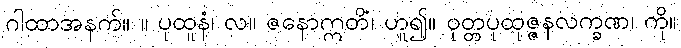
ဂါထာအနက်။ ။ ပုထူနံ၊ လ။ ဇနောဣတိ၊ ဟူ၍။ ဝုတ္တပုထုဇ္ဇနလက္ခဏံ၊ ကို။